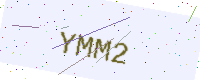
Text: YMM2